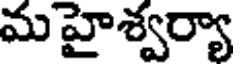
మ హైశ్వర్యా